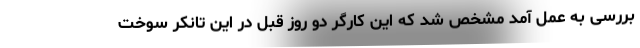
بررسی به عمل آمد مشخص شد که این کارگر دو روز قبل در این تانکر سوخت